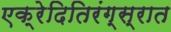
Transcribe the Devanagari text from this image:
एक्रेदितिरंग्स्रात